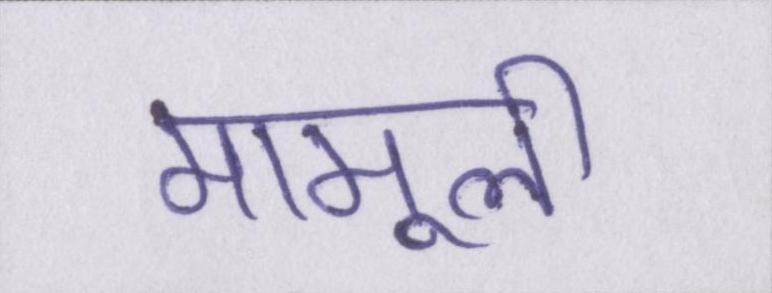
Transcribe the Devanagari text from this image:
मामूली